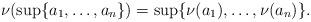
LaTeX: \begin{align*}\nu(\sup\{a_1, \ldots, a_n\}) = \sup\{\nu(a_1), \ldots, \nu(a_n)\}.\end{align*}